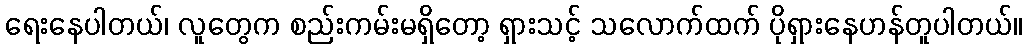
ရေးနေပါတယ်၊ လူတွေက စည်းကမ်းမရှိတော့ ရှားသင့် သလောက်ထက် ပိုရှားနေဟန်တူပါတယ်။